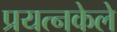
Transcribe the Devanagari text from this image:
प्रयत्‍नकेले